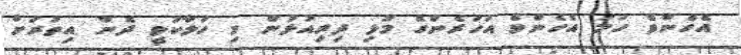
އެހެންވެ ހަމަ އެހެންވެ އަހަރެންގެ މުޅި ދިރިއުޅުން މި ހަލާކުވީ ދެން އިތުރަށް